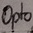
Text: Opto